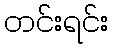
တင်းရင်း